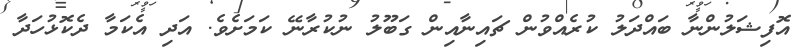
އޮފިޝަލުންނާ ބައްދަލު ކުރެއްވުން ޗައިނާއިން ގަބޫލު ނުކުރާނޭ ކަމަށެވެ. އަދި އެކަމާ ދެކޮޅުހަދާ